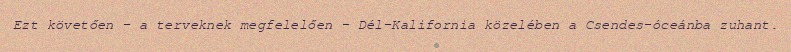
Ezt követően – a terveknek megfelelően – Dél-Kalifornia közelében a Csendes-óceánba zuhant.